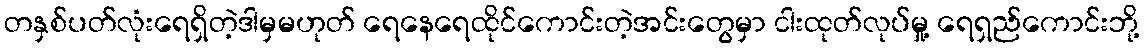
တနှစ်ပတ်လုံးရေရှိတဲ့ဒါမှမဟုတ် ရေနေရေထိုင်ကောင်းတဲ့အင်းတွေမှာ ငါးထုတ်လုပ်မှု့ ရေရှည်ကောင်းဘို့